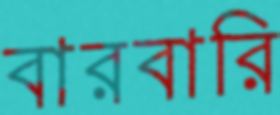
বারবারি